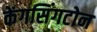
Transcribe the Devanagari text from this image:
केंगसिंगटोन